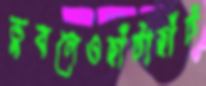
ডুবলেওছাঁটাছাঁট